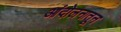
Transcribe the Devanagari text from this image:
आंदोलनातून